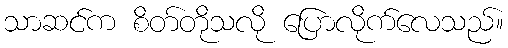
သာဆင်က စိတ်တိုသလို ပြောလိုက်လေသည်။